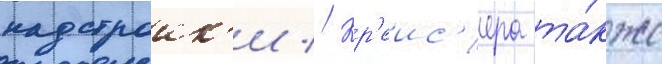
надстроик'и // Кр'еис'ера та́кже